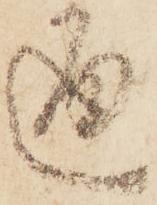
通